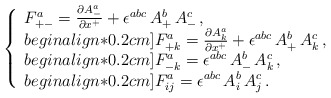
\begin{align*}\left\{\begin{array}{l}F^a_{+ -} = \frac{\partial A^a_-}{\partial x^+} + \epsilon^{abc}\, A^b_+ \, A^c_- \,,\\begin{align*}0.2cm]F^a_{+ k} = \frac{\partial A^a_k}{\partial x^+} + \epsilon^{abc}\, A^b_+ \, A^c_k \,, \\begin{align*}0.2cm]F^a_{- k} = \epsilon^{abc} \, A^b_- \, A^c_k \,, \\begin{align*}0.2cm]F^a_{i j} = \epsilon^{abc}\, A^b_i \, A^c_j\,.\end{array}\right. \end{align*}